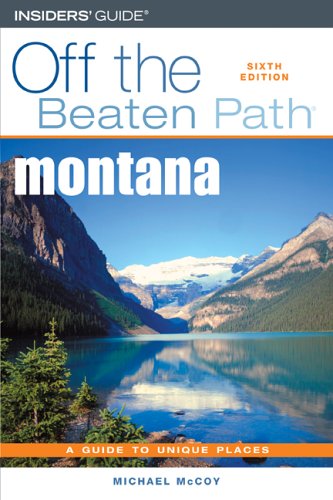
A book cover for Montana Off the Beaten Path, 6th (Off the Beaten Path Series); Michael McCoy; Travel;